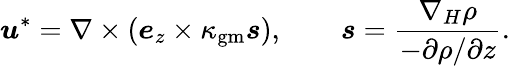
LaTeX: \boldsymbol{u}^{*}=\nabla\times(\boldsymbol{e}_{z}\times\kappa_{\mathrm{gm}}\boldsymbol{s}),\qquad\boldsymbol{s}=\frac{\nabla_{H}\rho}{-\partial\rho/\partial z}.